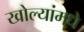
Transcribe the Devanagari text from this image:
खोल्यांमधे